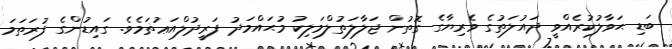
ބަޑި ޙަވާލުކުރެއްވީ ދައުލަތުގެ ވެރިޔާގެ ގޮތުން ޖަލާލަތުލްމަލިކު މުޙައްމަދު ފަރީދުލްއަޢުޡަމެވެ. ގައިޑުންގެ ފުރަތަމަ